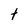
Character: t